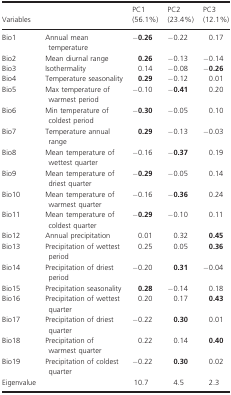
| Variables |  | PC1 (56.1%) | PC2 (23.4%) | PC3 (12.1%) |
 | --- | --- | --- | --- | --- |
 | Bio1 | Annual mean temperature | −0.26 | −0.22 | 0.17 |
 | Bio2 | Mean diurnal range | 0.26 | −0.13 | −0.14 |
 | Bio3 | Isothermality | 0.14 | −0.08 | −0.26 |
 | Bio4 | Temperature seasonality | 0.29 | −0.12 | 0.01 |
 | Bio5 | Max temperature of warmest period | −0.10 | −0.41 | 0.20 |
 | Bio6 | Min temperature of coldest period | −0.30 | −0.05 | 0.10 |
 | Bio7 | Temperature annual range | 0.29 | −0.13 | −0.03 |
 | Bio8 | Mean temperature of wettest quarter | −0.16 | −0.37 | 0.19 |
 | Bio9 | Mean temperature of driest quarter | −0.29 | −0.05 | 0.14 |
 | Bio10 | Mean temperature of warmest quarter | −0.16 | −0.36 | 0.24 |
 | Bio11 | Mean temperature of coldest quarter | −0.29 | −0.10 | 0.11 |
 | Bio12 | Annual precipitation | 0.01 | 0.32 | 0.45 |
 | Bio13 | Precipitation of wettest period | 0.25 | 0.05 | 0.36 |
 | Bio14 | Precipitation of driest period | −0.20 | 0.31 | −0.04 |
 | Bio15 | Precipitation seasonality | 0.28 | −0.14 | 0.18 |
 | Bio16 | Precipitation of wettest quarter | 0.20 | 0.17 | 0.43 |
 | Bio17 | Precipitation of driest quarter | −0.22 | 0.30 | 0.01 |
 | Bio18 | Precipitation of warmest quarter | 0.22 | 0.14 | 0.40 |
 | Bio19 | Precipitation of coldest quarter | −0.22 | 0.30 | 0.02 |
 | Eigenvalue |  | 10.7 | 4.5 | 2.3 |